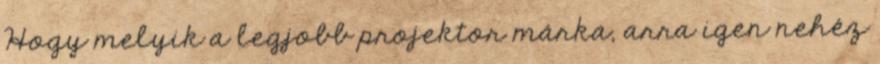
Hogy melyik a legjobb projektor márka, arra igen nehéz